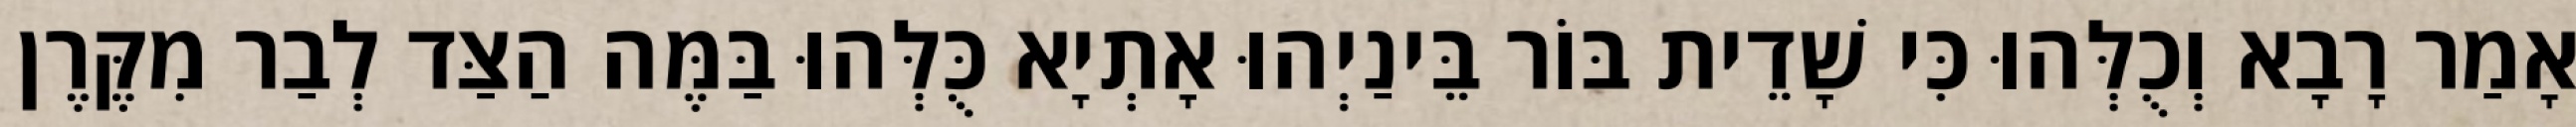
אָמַר רָבָא וְכֻלְּהוּ כִּי שָׁדֵית בּוֹר בֵּינַיְהוּ אָתְיָא כֻּלְּהוּ בַּמֶּה הַצַּד לְבַר מִקֶּרֶן